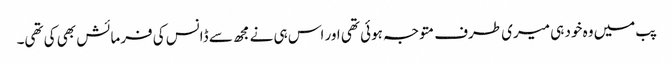
پب میں وہ خود ہی میری طرف متوجہ ہوئی تھی اور اس ہی نے مجھ سے ڈانس کی فرمائش بھی کی تھی۔